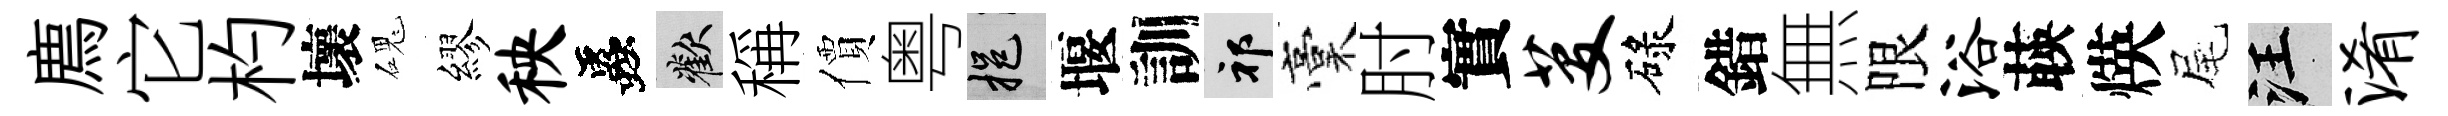
廌它杓壞磈繆秧蟲歡稱價粤挹堰訓祁稾肘實芟碌錯無限浴𦴤煐尾汪淆